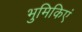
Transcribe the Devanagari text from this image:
भुमिकिएं